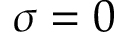
\sigma = 0